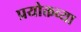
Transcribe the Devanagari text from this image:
प्रयोक्तव्या